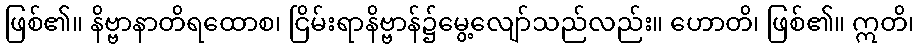
ဖြစ်၏။ နိဗ္ဗာနာတိရထောစ၊ ငြိမ်းရာနိဗ္ဗာန်၌မွေ့လျော်သည်လည်း။ ဟောတိ၊ ဖြစ်၏။ ဣတိ၊